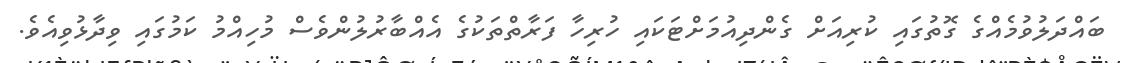
ބައްދަލުވުމެއްގެ ގޮތުގައި ކުރިއަށް ގެންދިއުމަށްޓަކައި ހުރިހާ ފަރާތްތަކުގެ އެއްބާރުލުންވެސް މުހިއްމު ކަމުގައި ވިދާޅުވިއެވެ.